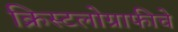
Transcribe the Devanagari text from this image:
क्रिस्टलोग्राफीचे